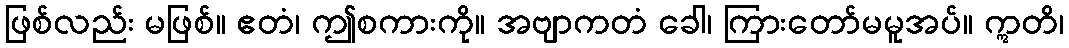
ဖြစ်လည်း မဖြစ်။ ဧတံ၊ ဤစကားကို။ အဗျာကတံ ခေါ၊ ကြားတော်မမူအပ်။ ဣတိ၊